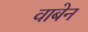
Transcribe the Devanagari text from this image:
वाबेन